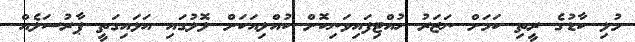
މުޅި ކާޑުގެ ރީތި ކަމަށް ނަޒަރު ހުއްޓިފައިވަނިކޮށް ކުއްލިއަކަށް ލޮލުގައި އަޅައިގަތީ ޕާރުސަލެއް